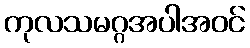
ကုလသမဂ္ဂအပါအဝင်